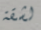
لشقة